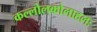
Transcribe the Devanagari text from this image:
कल्लोलकोलाहलः